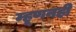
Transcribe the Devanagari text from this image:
म्हूणनही